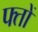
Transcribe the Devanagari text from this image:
फ्तों